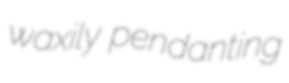
waxily pendanting